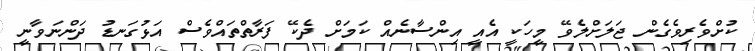
ކުށްވެރިވެގެން ޖަލަށްލެވޭ މީހަކީ އެއީ އިންސާނެއް ކަމަށް ދެކޭ ފަރާތްތައްވެސް އަޅުގަނޑު ދަންނަވާނީ